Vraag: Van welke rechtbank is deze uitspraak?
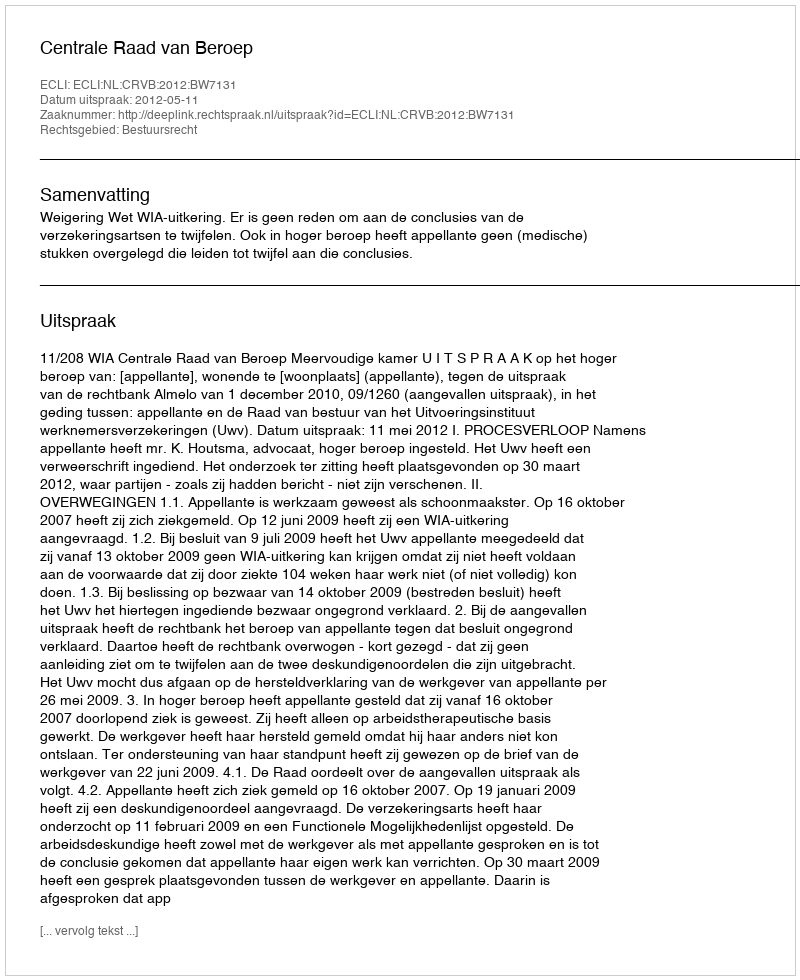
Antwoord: Centrale Raad van Beroep